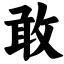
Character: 敢